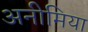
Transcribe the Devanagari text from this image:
अनीमिया